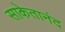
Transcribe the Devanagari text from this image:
साकेतानंद